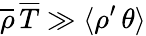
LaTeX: \overline{{\rho}}\, \overline{{T}}\gg\langle\rho^{\prime}\, \theta\rangle